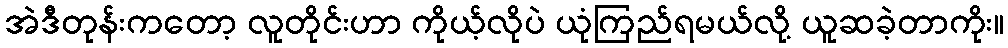
အဲဒီတုန်းကတော့ လူတိုင်းဟာ ကိုယ့်လိုပဲ ယုံကြည်ရမယ်လို့ ယူဆခဲ့တာကိုး။